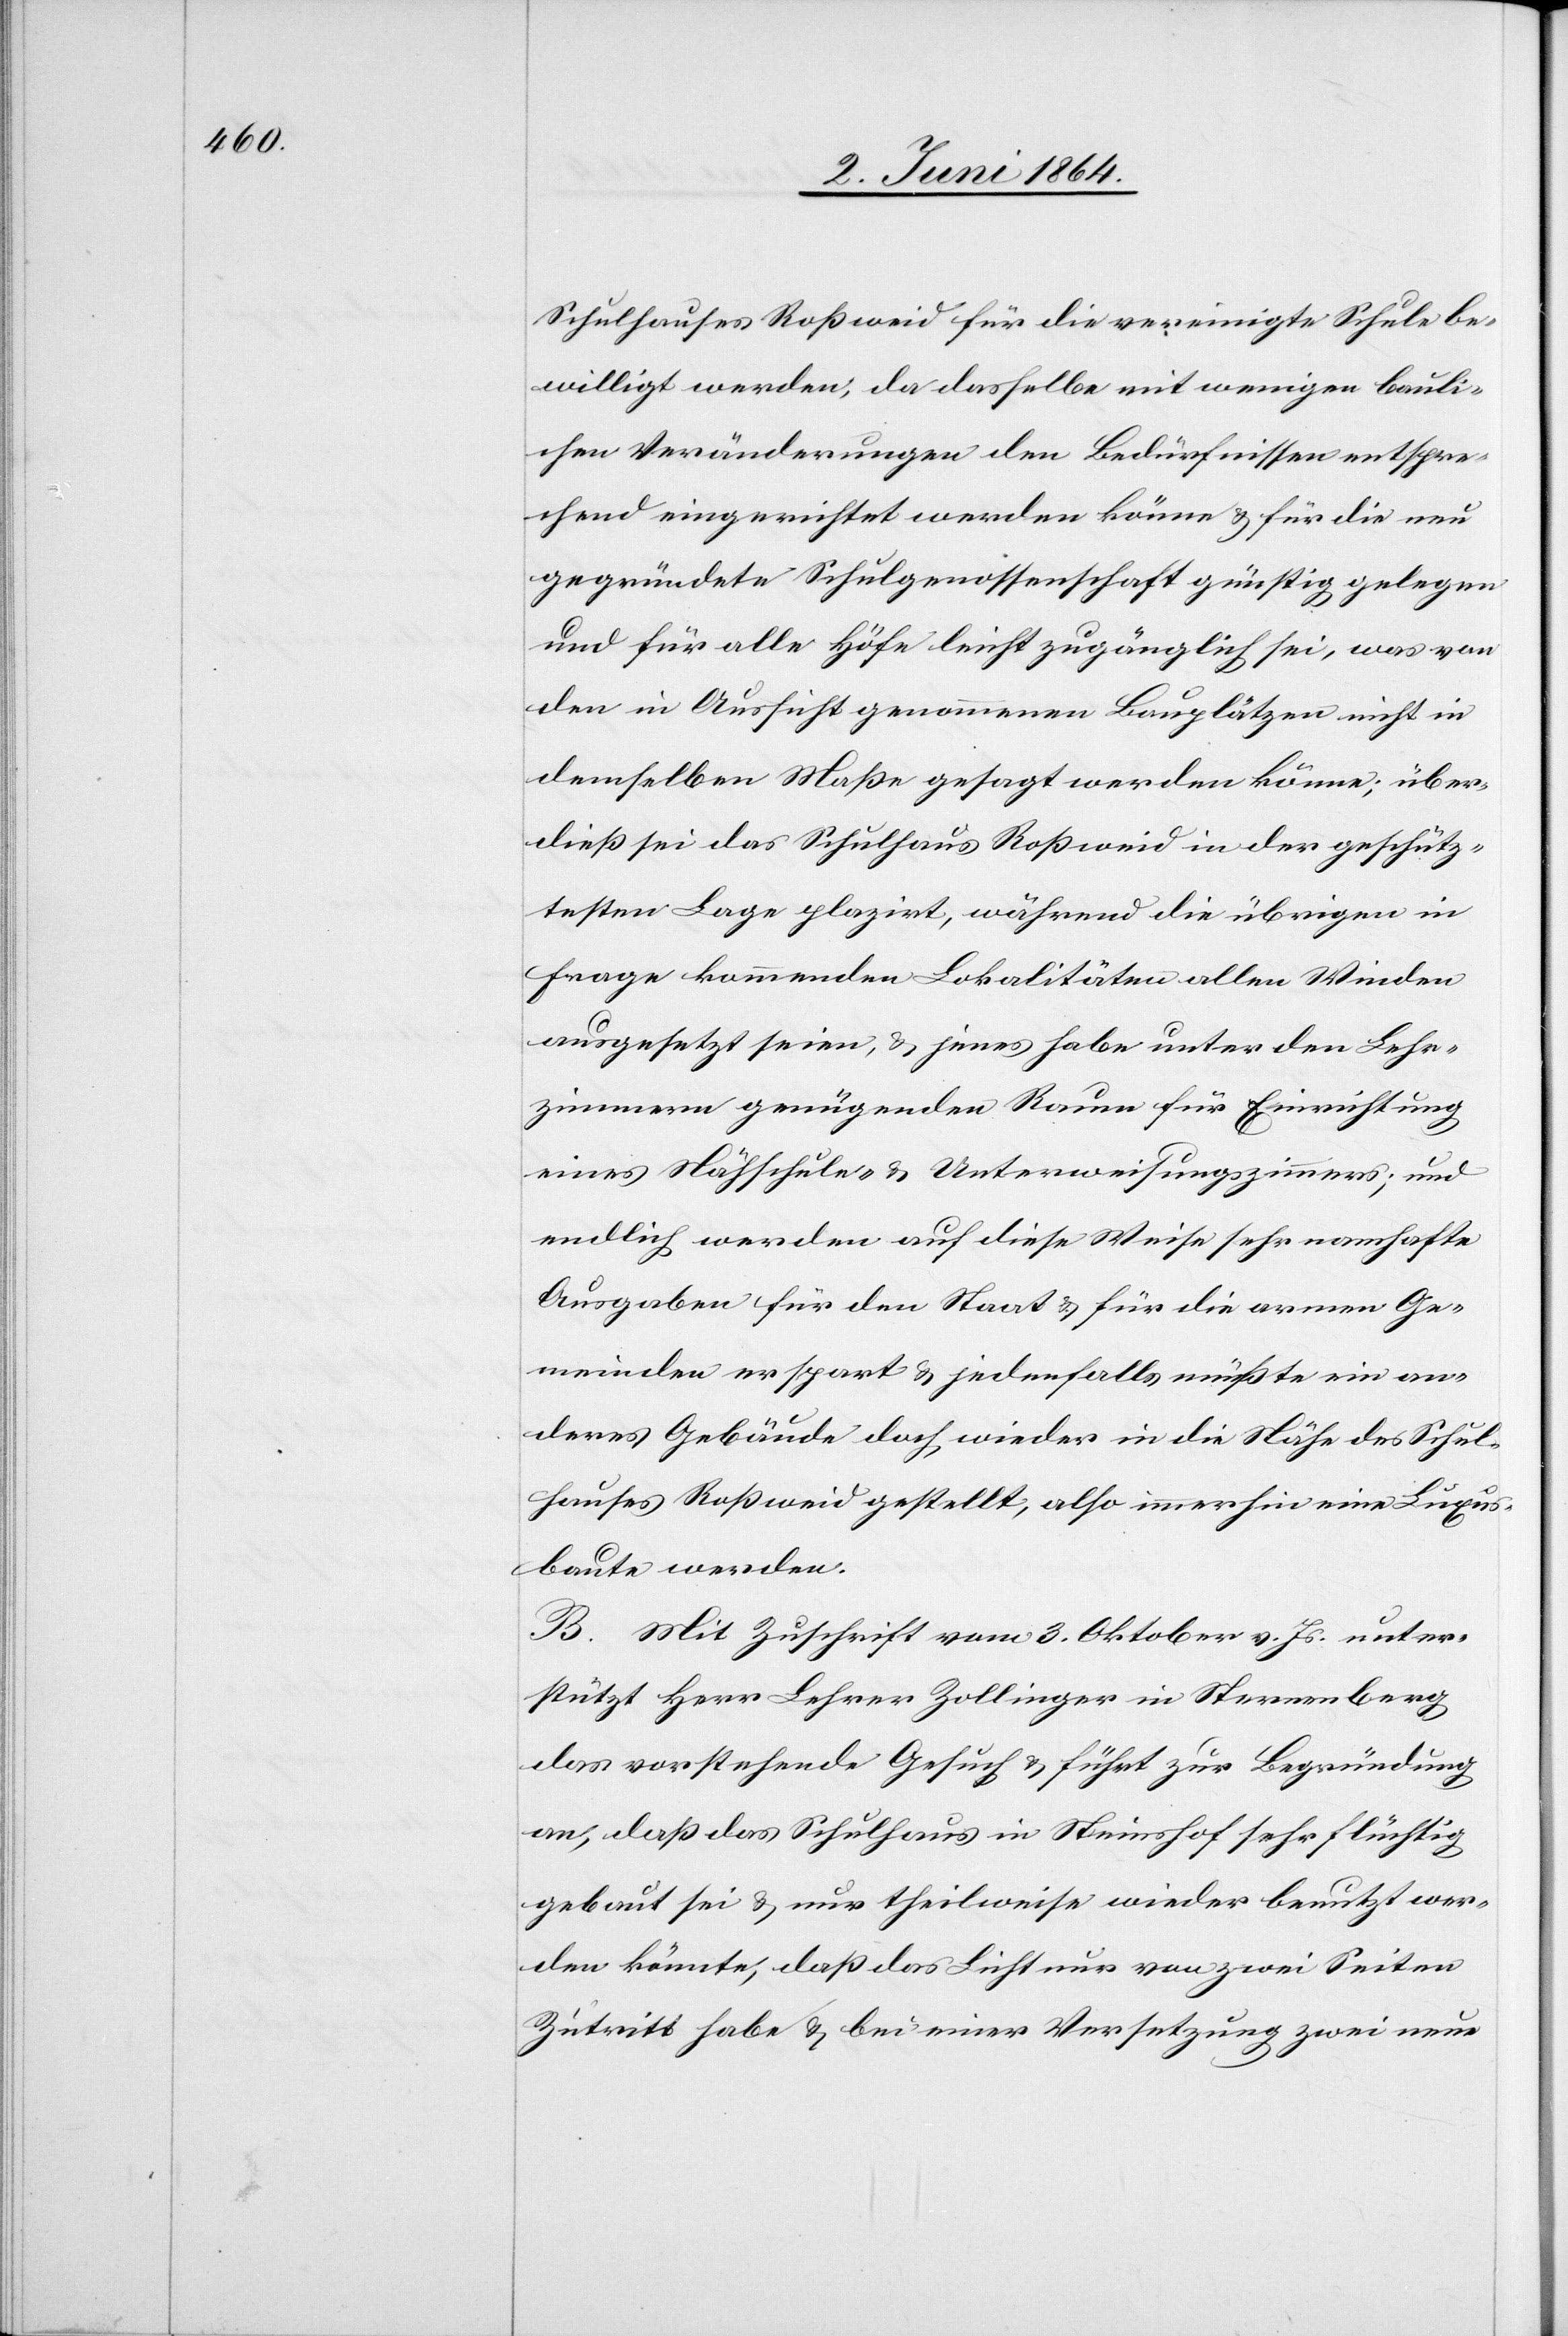
Schulhauses Roßweid für die vereinigte Schule be¬
willigt werden, da dasselbe mit wenigen bauli¬
chen Veränderungen den Bedürfnissen entspre¬
chend eingerichtet werden könne u. für die neu
gegründete Schulgenossenschaft günstig gelegen
und für alle Höfe leicht zugänglich sei, was von
den in Aussicht genommenen Bauplätzen nicht in
demselben Maße gesagt werden könne; über¬
dieß sei das Schulhaus Roßweid in der geschütz¬
testen Lage plazirt, während die übrigen in
Frage kommenden Lokalitäten allen Winden
ausgesetzt seien, u. jenes habe unter den Lehr¬
zimmern genügenden Raum für Einrichtung
eines Nähschule- u. Unterweisungszimmers; und
endlich werden auf diese Weise sehr namhafte
Ausgaben für den Staat u. für die armen Ge¬
meinden erspart u. jedenfalls müßte ein an¬
deres Gebäude doch wieder in die Nähe des Schul¬
hauses Roßweid gestellt, also immerhin eine Luxus¬
baute werden.
B. Mit Zuschrift vom 3. Oktober v. Js. unter¬
stützt Herr Lehrer Zollinger in Sternenberg
das vorstehende Gesuch u. führt zur Begründung
an, daß das Schulhaus in Steinshof sehr flüchtig
gebaut sei u. nur theilweise wieder benutzt wer¬
den könnte, daß das Licht nur von zwei Seiten
Zutritt habe u. bei einer Versetzung zwei neue